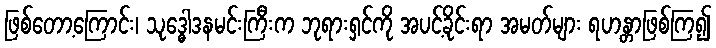
ဖြစ်တော့ကြောင်း၊ သုဒ္ဓေါဒနမင်းကြီးက ဘုရားရှင်ကို အပင့်ခိုင်းရာ အမတ်များ ရဟန္တာဖြစ်ကြ၍